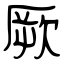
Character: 厥